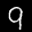
Label: 9